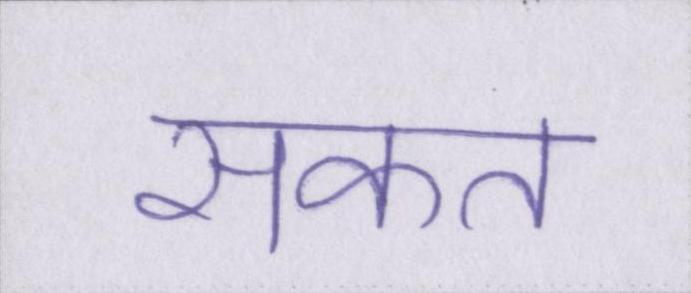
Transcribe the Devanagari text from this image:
सकत